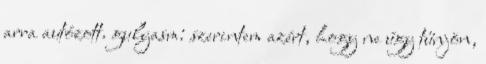
arra autózott. gulyasm: szerintem azért, hogy ne úgy tűnjön,